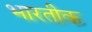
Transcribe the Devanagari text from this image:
भारतीक